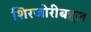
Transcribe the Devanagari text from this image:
शिरजोरीबद्दल